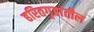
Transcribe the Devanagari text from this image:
हरितगृहांतील